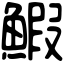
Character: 鰕